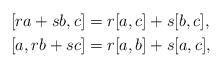
LaTeX: \begin{align*}&[ra+sb,c]=r[a,c]+s[b,c],\\&[a,rb+sc]=r[a,b]+s[a,c],\end{align*}